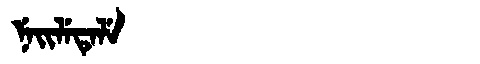
Manchu: ᠨᡝᡳᠯᡝᡨᡝᠯᡝ
Romanization: NEILETELE